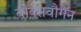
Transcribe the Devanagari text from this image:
वोक्सवौगेन